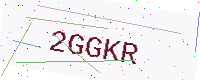
Text: 2GGKR